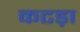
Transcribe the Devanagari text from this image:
कटड़ा